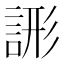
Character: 𧨘